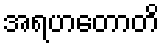
အရဟတောတိ